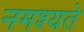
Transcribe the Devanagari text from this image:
नमश्यते